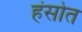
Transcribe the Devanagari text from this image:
हंसोत